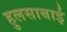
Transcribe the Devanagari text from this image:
हुलसाबाई